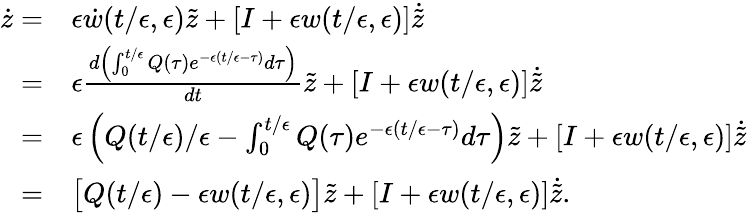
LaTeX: \begin{array}{rl}{\dot{z}=}&{\epsilon\dot{w}(t/\epsilon,\epsilon){\tilde{z}}+[I+\epsilon w(t/\epsilon,\epsilon)]{\dot{\tilde{z}}}}\\ {=}&{\epsilon\frac{d\left(\int_{0}^{t/\epsilon}Q(\tau)e^{-\epsilon(t/\epsilon-\tau)}d\tau\right)}{dt}\tilde{z}+[I+\epsilon w(t/\epsilon,\epsilon)]\dot{\tilde{z}}}\\ {=}&{\epsilon\left(Q(t/\epsilon)/\epsilon-\int_{0}^{t/\epsilon}Q(\tau)e^{-\epsilon(t/\epsilon-\tau)}d\tau\right)\tilde{z}+[I+\epsilon w(t/\epsilon,\epsilon)]\dot{\tilde{z}}}\\ {=}&{\big[Q(t/\epsilon)-\epsilon w(t/\epsilon,\epsilon)\big]{\tilde{z}}+[I+\epsilon w(t/\epsilon,\epsilon)]{\dot{\tilde{z}}}.}\end{array}